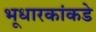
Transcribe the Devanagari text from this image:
भूधारकांकडे